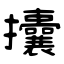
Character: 攮